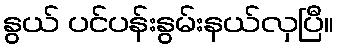
နွယ် ပင်ပန်းနွမ်းနယ်လှပြီ။